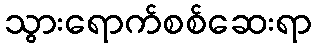
သွားရောက်စစ်ဆေးရာ